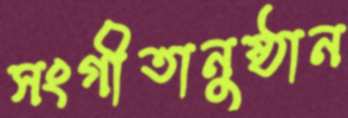
সংগীতানুষ্ঠান